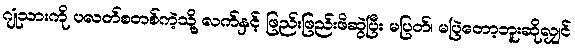
ဂျုံသားကို ပလတ်စတစ်ကဲ့သို့ လက်နှင့် ဖြည်းဖြည်းဖိဆွဲပြီး မပြတ်၊ မပြဲတော့ဘူးဆိုလျှင်